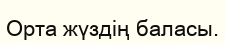
Орта жүздің баласы.